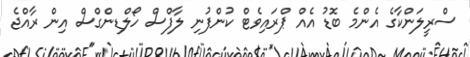
ސްރީލަންކާގެ އެންމެ ބޮޑު އެއް ޕްރައިވެޓް ކުންފުނި ލާފްސް ހޯލްޑިންގްސް އިން ރާއްޖެ